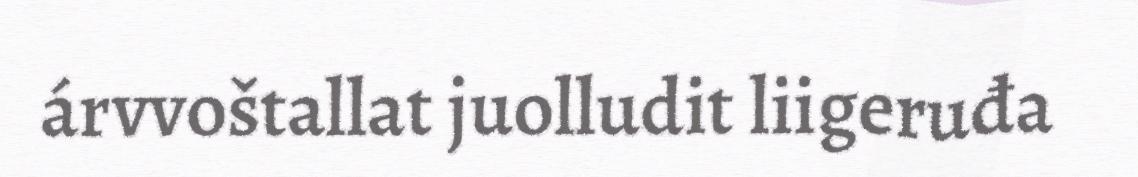
árvvoštallat juolludit liigeruđa